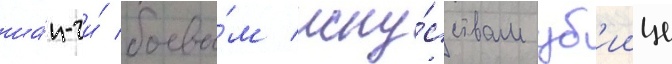
ша́н-чи́ боевы́м иску́сствам уб'иице